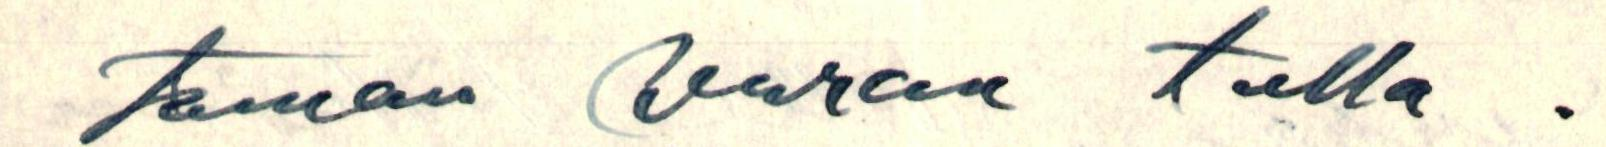
täman kerran tulla.